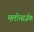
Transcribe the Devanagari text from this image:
मलोत्सर्जक